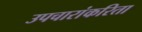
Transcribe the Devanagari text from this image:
उपचारांकरिता